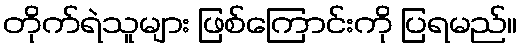
တိုက်ရဲသူများ ဖြစ်ကြောင်းကို ပြရမည်။